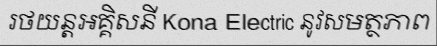
រថយន្តអគ្គិសនី Kona Electric នូវសមត្ថភាព